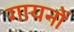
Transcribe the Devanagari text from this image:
गायनों